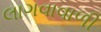
લાગવાવાળી